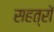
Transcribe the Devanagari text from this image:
सहत्रों